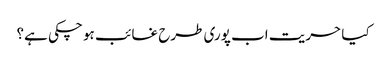
کیا حریت اب پوری طرح غائب ہو چکی ہے؟